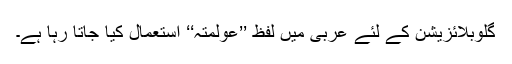
گلوبلائزیشن کے لئے عربی میں لفظ ’’عولمتہ‘‘ استعمال کیا جاتا رہا ہے۔